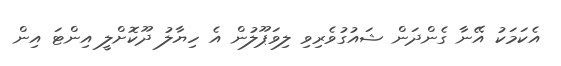
އެކަމަކު އޭނާ ގެންދަން ޝައުގުވެރިވި ލިވަޕޫލުން އެ ހިޔާލު ދޫކޮށްލީ އިންޓަ އިން